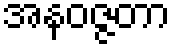
အနဝဇ္ဇတာ